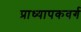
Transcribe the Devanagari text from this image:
प्राध्यापकवर्ग